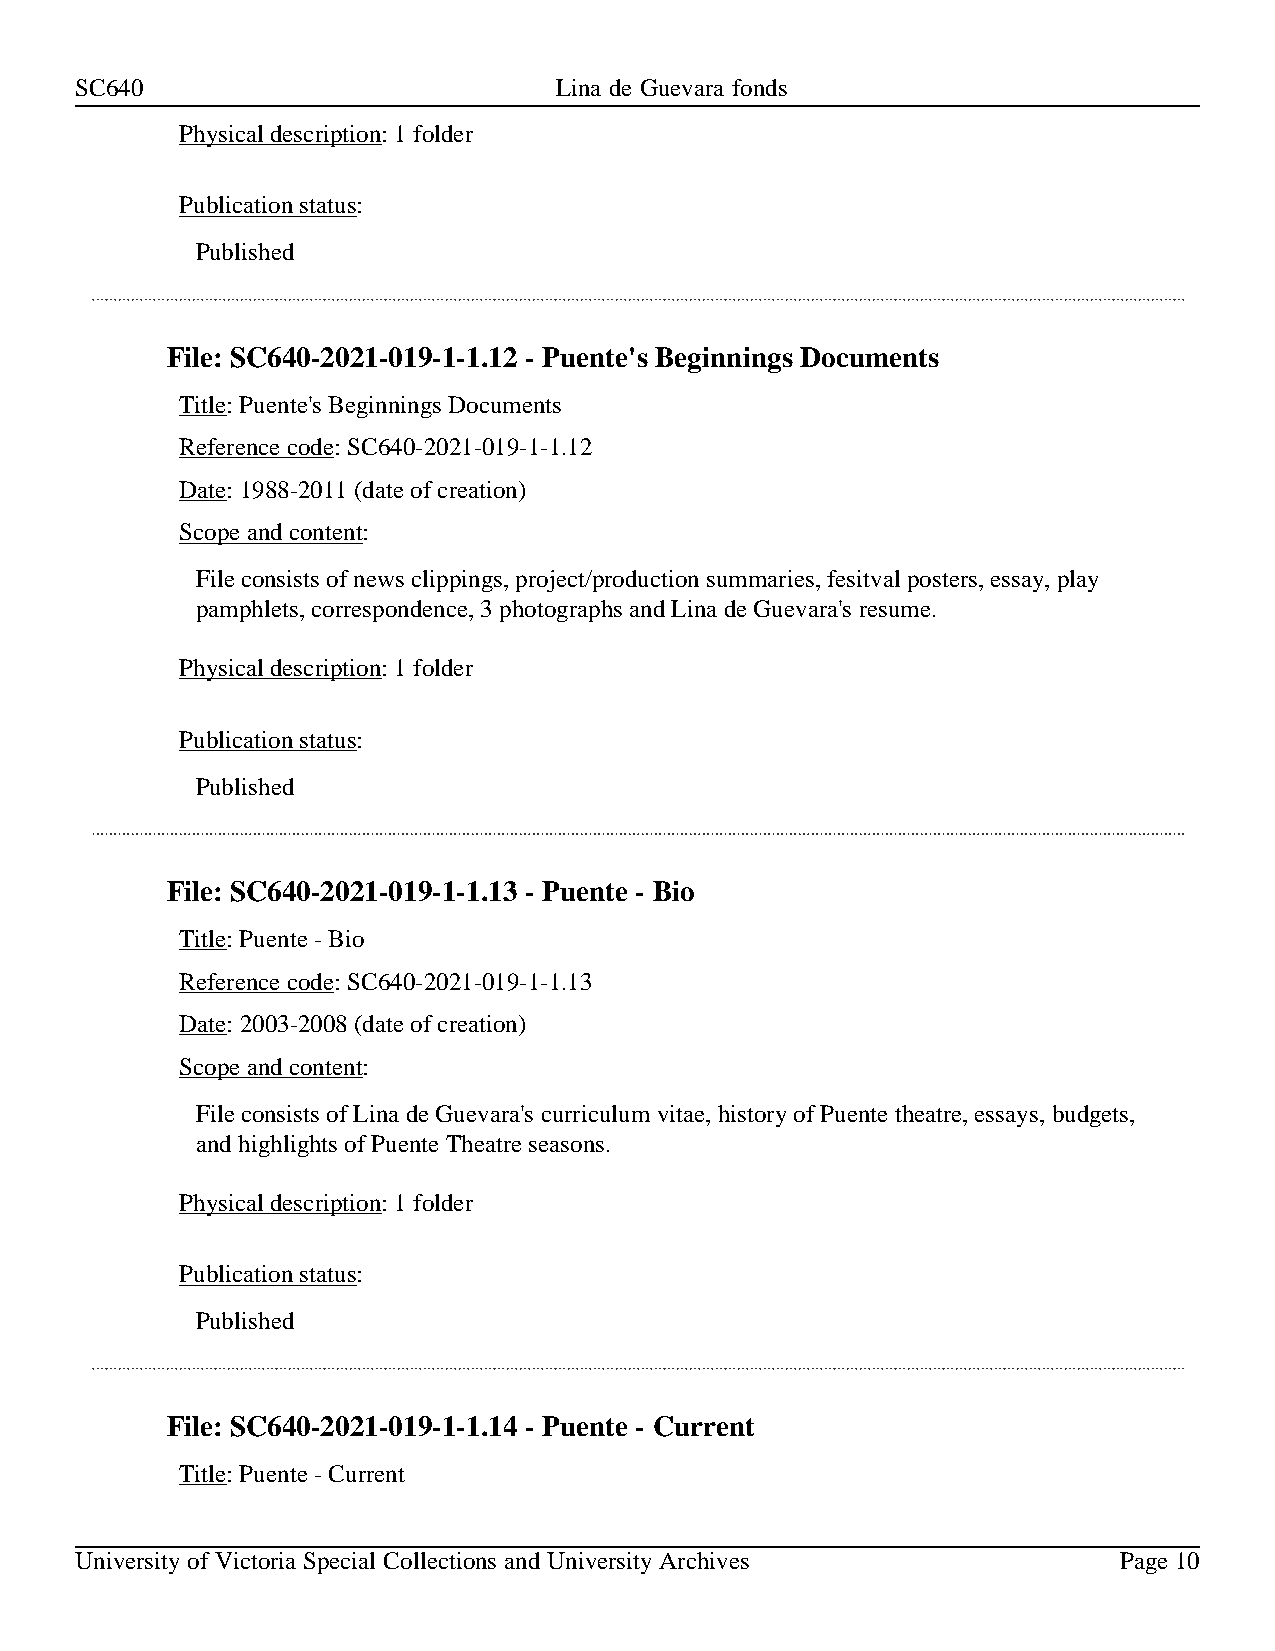
SC640                           Lina de Guevara fonds
 Physical description: 1 folder
 Publication status:
 Published
 File: SC640-2021-019-1-1.12 - Puente's Beginnings Documents
 Title: Puente's Beginnings Documents
 Reference code: SC640-2021-019-1-1.12
 Date: 1988-2011 (date of creation)
 Scope and content:
 File consists of news clippings, project/production summaries, fesitval posters, essay, play
 pamphlets, correspondence, 3 photographs and Lina de Guevara's resume.
 Physical description: 1 folder
 Publication status:
 Published
 File: SC640-2021-019-1-1.13 - Puente - Bio
 Title: Puente - Bio
 Reference code: SC640-2021-019-1-1.13
 Date: 2003-2008 (date of creation)
 Scope and content:
 File consists of Lina de Guevara's curriculum vitae, history of Puente theatre, essays, budgets,
 and highlights of Puente Theatre seasons.
 Physical description: 1 folder
 Publication status:
 Published
 File: SC640-2021-019-1-1.14 - Puente - Current
 Title: Puente - Current
 University of Victoria Special Collections and University Archives   Page 10